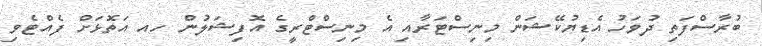
ބުރާސްފަތި ދުވަހު އެޑިޔުކޭޝަން މިނިސްޓަރާއި އެ މިނިސްޓްރީގެ އޮފިޝަލުން ހއ އަތޮޅަށް ފެއްޓެވި